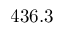
4 3 6 . 3